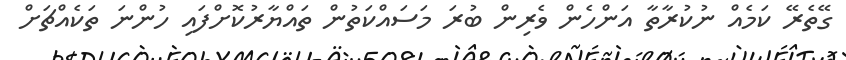
ގޭތެރޭ ކަމެއް ނުކުރާތާ އަންހެން ވެރިން ބުރަ މަސައްކަތުން ތައްޔާރުކޮށްފައި ހުންނަ ތަކެއްޗަށް